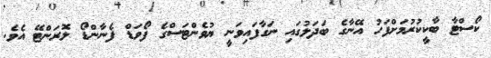
ކޯސްޓާ ބާކީކުރުމަށްފަހު އޭނާގެ ބަދަލުގައި ނަގާފައިވަނީ ޔުވެންޓަސްގެ ފޯވަޑް ފެނާންޑޯ ލޮރަންޓޭ އެވެ.